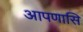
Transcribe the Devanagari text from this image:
आपणासि